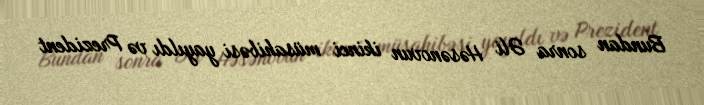
Bundan sonra Əli Həsənovun ikinci müsahibəsi yayıldı və Prezident